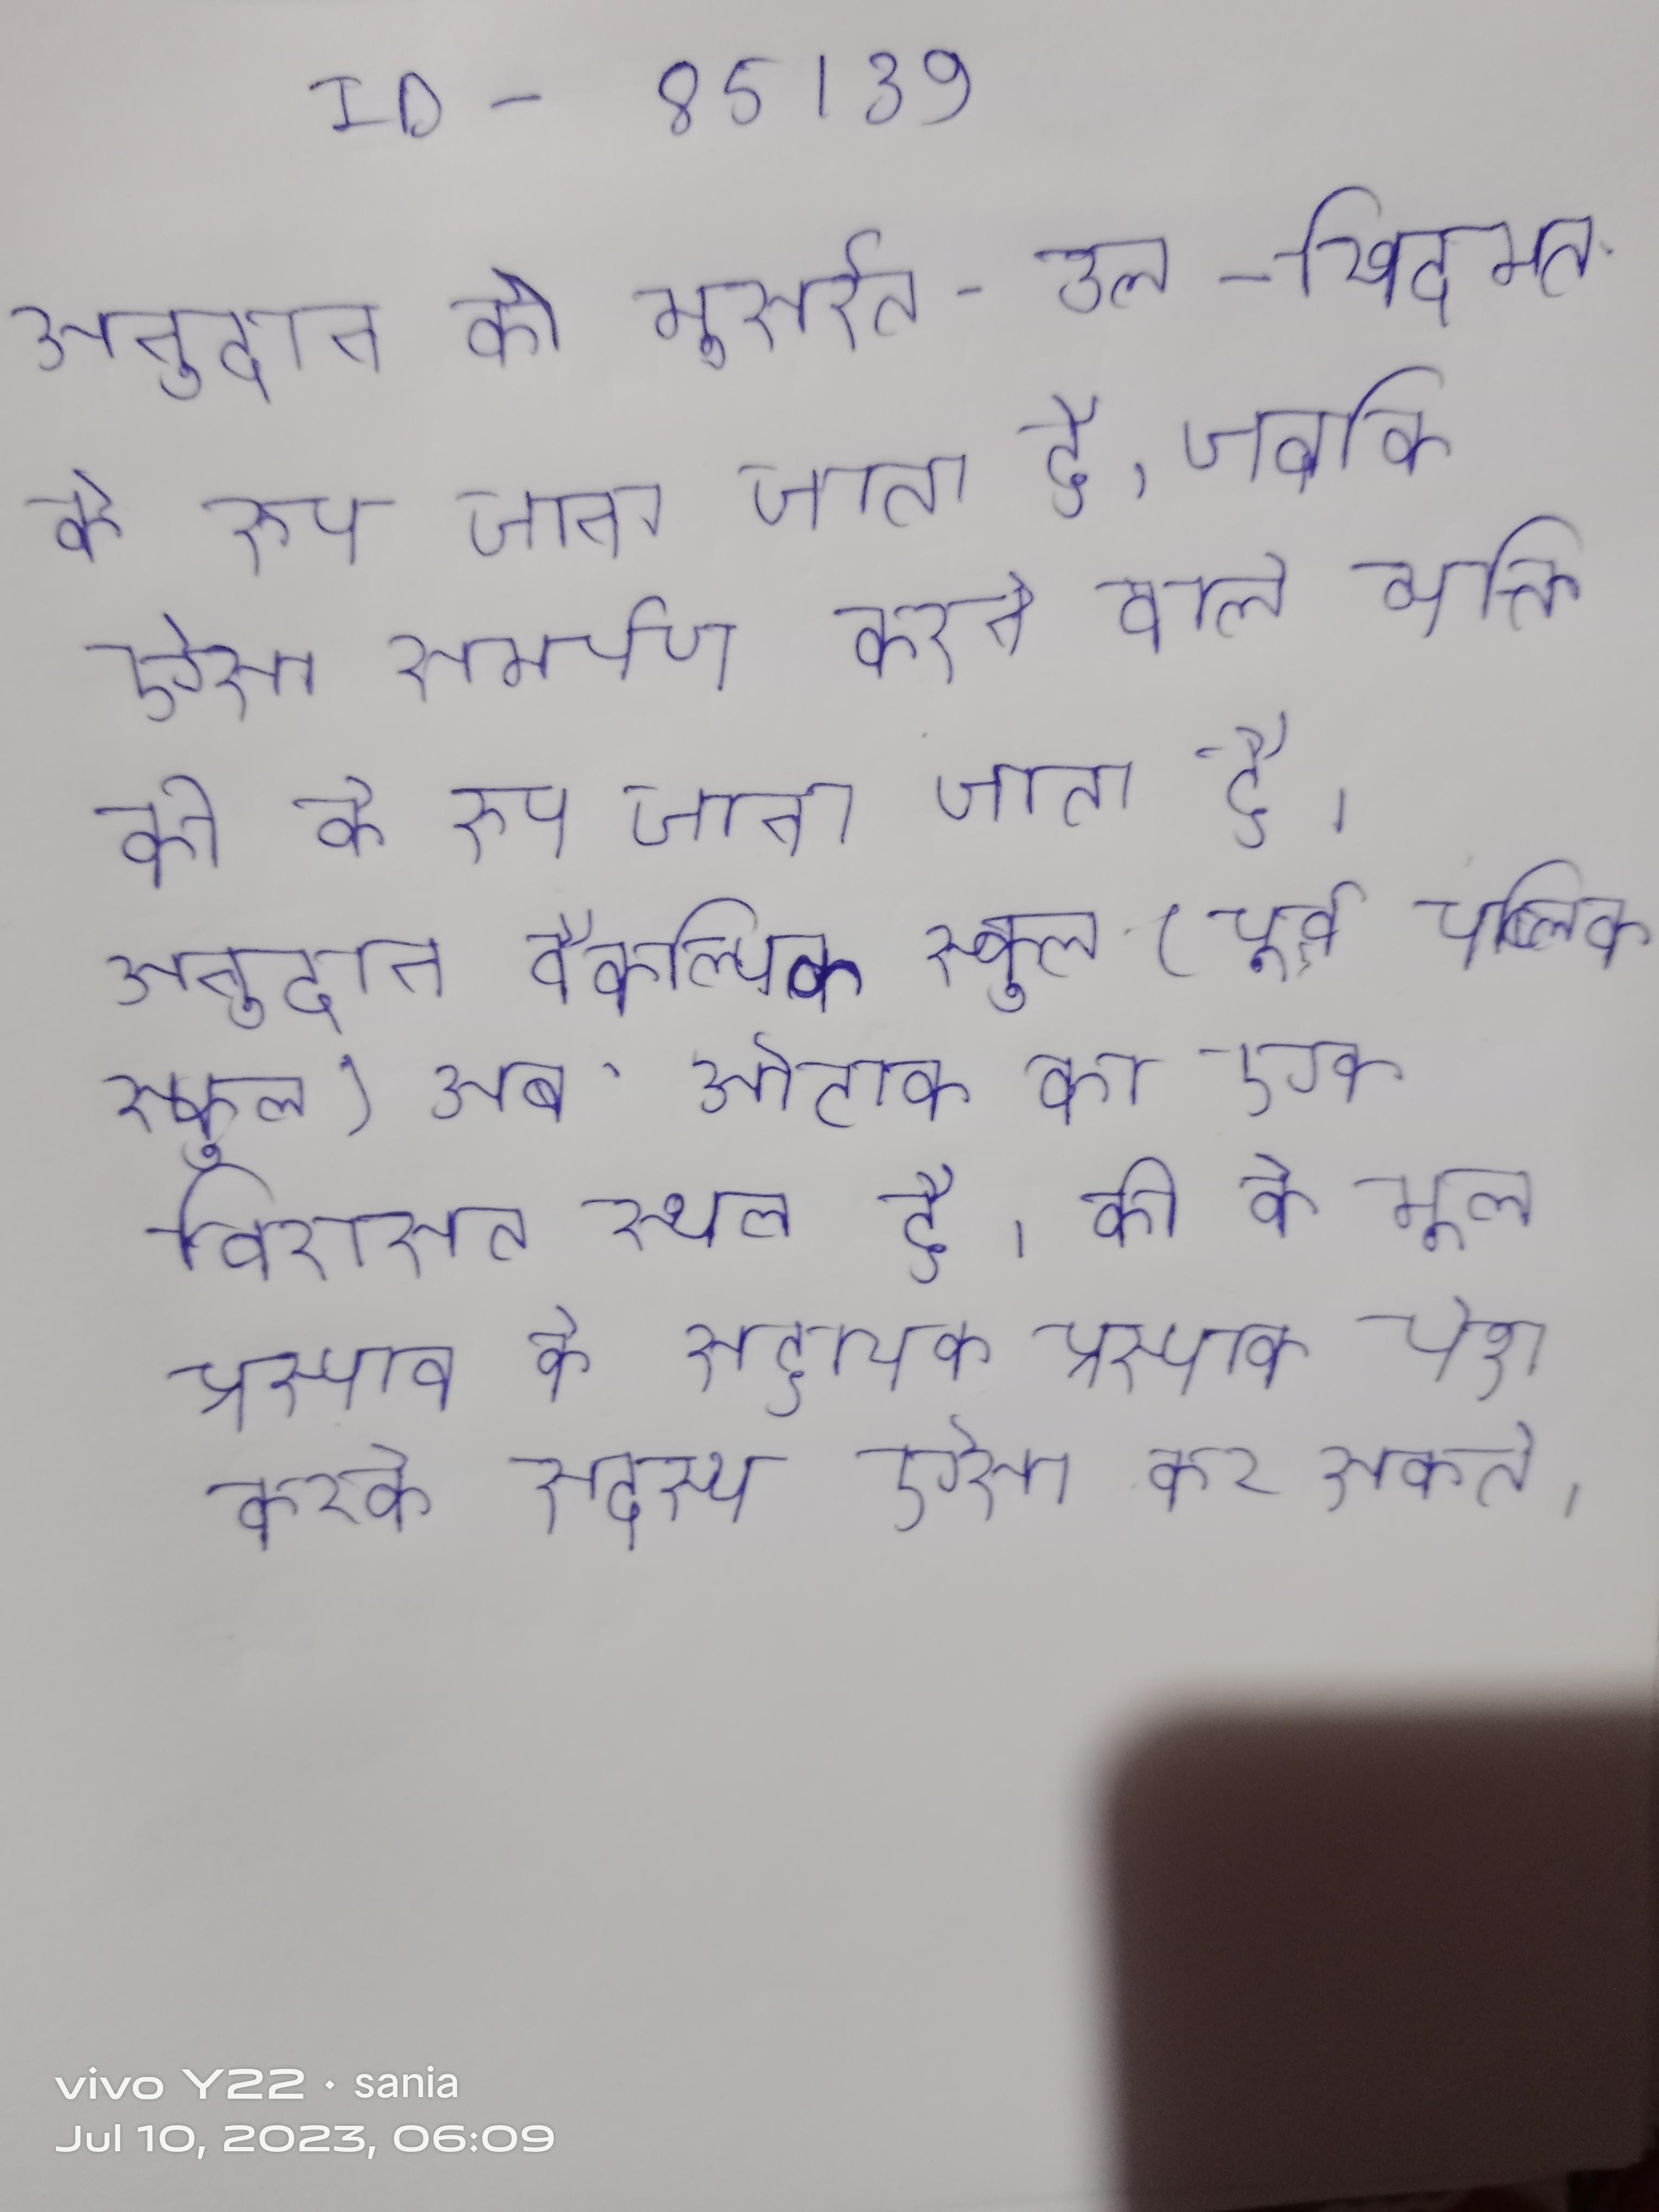
अनुदान को मुसर्रत-उल-खिदमत के रूप जाना जाता है, जबकि ऐसा समर्पण करने वाले व्यक्ति को के रूप जाना जाता है । अनुदान वैकल्पिक स्कूल (पूर्व पब्लिक स्कूल) अब ओटावा का एक विरासत स्थल है । की के मूल प्रस्ताव के सहायक प्रस्ताव पेश करके सदस्य ऐसा कर सकते ।